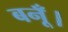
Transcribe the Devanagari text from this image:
बनूँ।